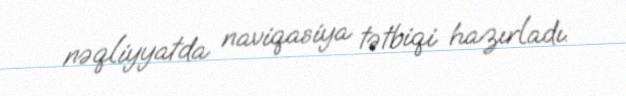
nəqliyyatda naviqasiya tətbiqi hazırladı.